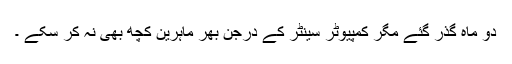
دو ماہ گذر گئے مگر کمپیوٹر سینٹر کے درجن بھر ماہرین کچھ بھی نہ کر سکے ۔